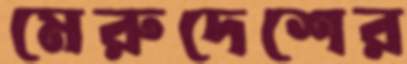
মেরুদেশের